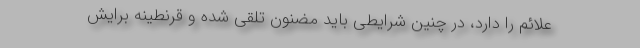
علائم را دارد، در چنین شرایطی باید مضنون تلقی شده و قرنطینه برایش